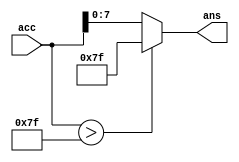
module Saturator#(parameter n=8)(input [15+$clog2(n):0]acc,output reg[7:0]ans);
  reg [15+$clog2(n)-9:0]_acc;
  always@(acc)begin
    _acc=acc[15+$clog2(n):9];
    if(acc>127)
      ans=8'd127;
    else
      ans=acc[7:0];
  end
endmodule